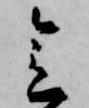
会